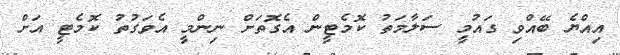
އިއްޔެ ބޭއްވި ގައުމީ ސަލާމަތު ކޮމެޓީން އެގޮތަށް ނިންމީ އެވަގުތު ކޮމެޓީ އަށް